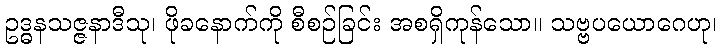
ဥဒ္ဓနသဇ္ဇနာဒီသု၊ ဖိုခနောက်ကို စီစဉ်ခြင်း အစရှိကုန်သော။ သဗ္ဗပယောဂေဟု၊